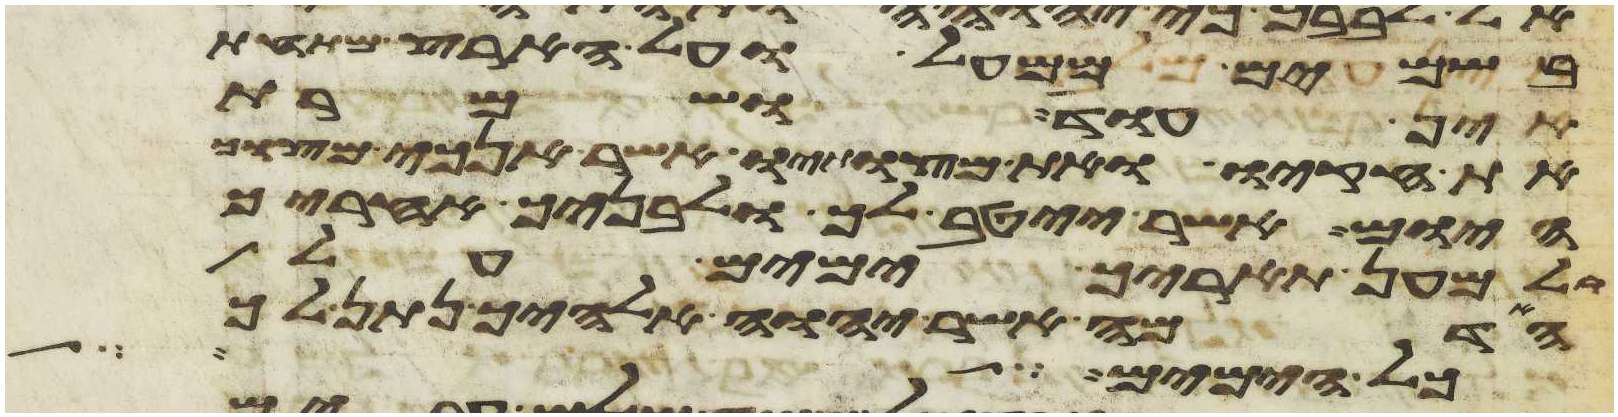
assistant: בשמים ממעל ועל הארץ מתחת
אין עוד ושמרת
את חקיו ואת מצותיו אשר אנכי מצוך
היום אשר ייטב לך ולבניך אחריך
ולמען תאריך ימים על
האדמה אשר יהוה אלהיך נתן לך
כל הימים אשר אתם